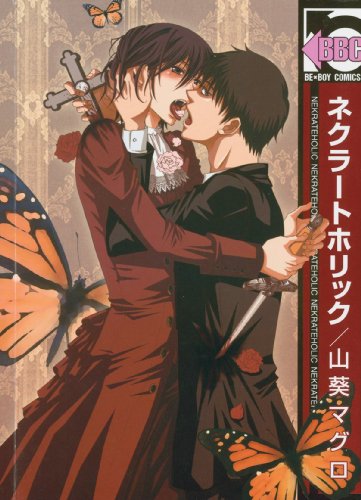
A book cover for Necratoholic (Yaoi); Maguro Wasabi; Comics & Graphic Novels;